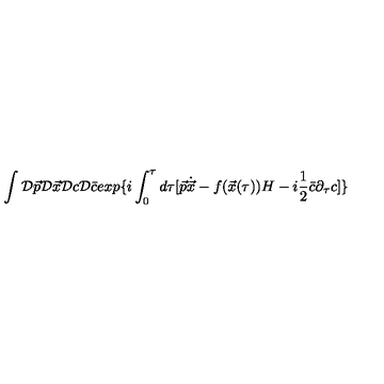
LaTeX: \int { \cal D } \vec { p } { \cal D } \vec { x } { \cal D } c { \cal D } \bar { c } e x p \{ i \int _ { 0 } ^ { \tau } d \tau [ \vec { p } \dot { \vec { x } } - f ( \vec { x } ( \tau ) ) H - i \frac { 1 } { 2 } \bar { c } \partial _ { \tau } c ] \}